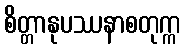
စိတ္တာနုပဿနာစတုက္က